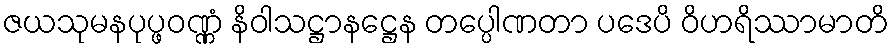
ဇယသုမနပုပ္ဖဝဏ္ဏံ နိဝါသဋ္ဌာနဋ္ဌေန တပ္ပေါဏတာ ပဒေပိ ဝိဟရိဿာမာတိ